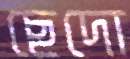
ছেদো